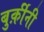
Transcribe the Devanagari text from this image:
बुर्क़ीनी